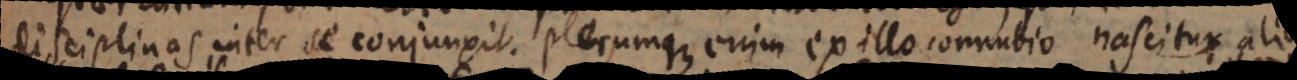
disciplinas inter se conjunxit. Plerumque enim ex illo connubio nascitur aliq